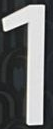
1